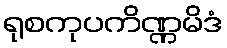
ရုစကုပကိဏ္ဏမိဒံ